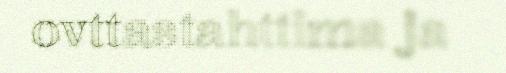
ovttastahttima ja